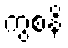
ကွစနိ